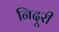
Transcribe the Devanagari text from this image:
निदूरी